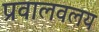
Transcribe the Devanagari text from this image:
प्रवालवलय